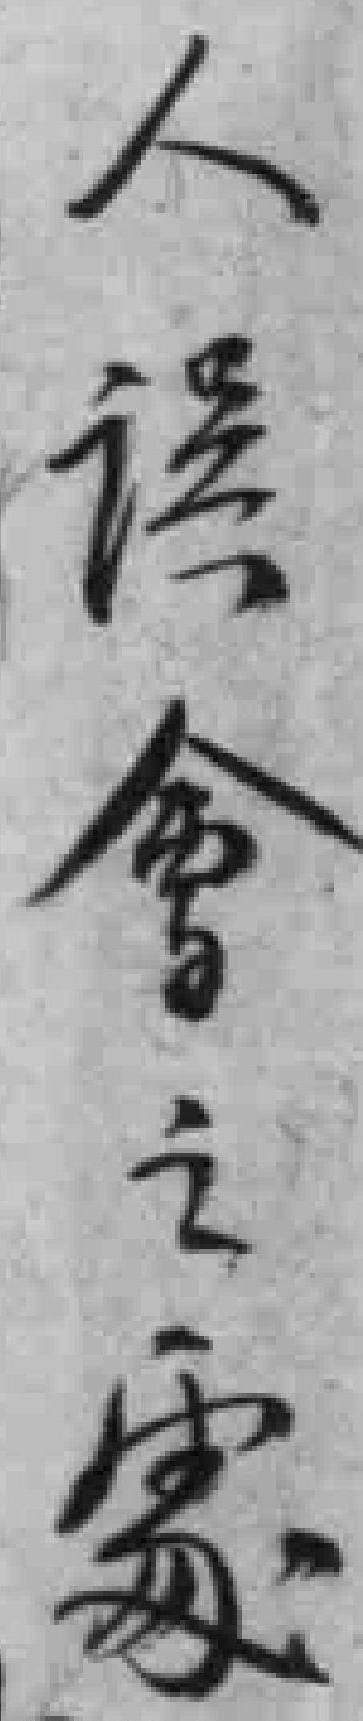
人误會之處